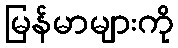
မြန်မာများကို